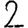
Digit: 2